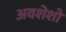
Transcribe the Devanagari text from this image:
अवशेशो